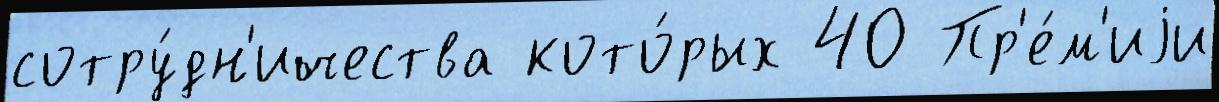
сотру́дн'ичества кото́рых 40 Пр'е́м'иjи